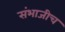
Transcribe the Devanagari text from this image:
संभाजीच